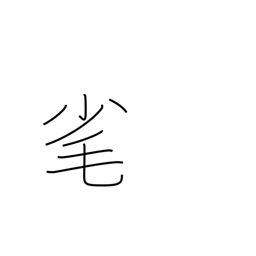
Meaning: pluck